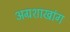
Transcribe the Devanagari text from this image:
अग्रशाखांग